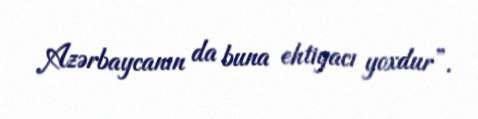
Azərbaycanın da buna ehtiyacı yoxdur”.